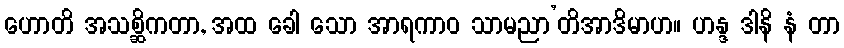
ဟောတိ အသစ္ဆိကတာ, အထ ခေါ သော အာရကာဝ သာမညာ’တိအာဒိမာဟ။ ဟန္ဒ ဒါနိ နံ တာ